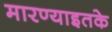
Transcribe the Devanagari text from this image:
मारण्याइतके